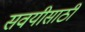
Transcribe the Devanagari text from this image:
सवयीसाठी